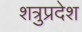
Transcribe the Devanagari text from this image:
शत्रुप्रदेश